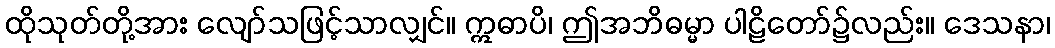
ထိုသုတ်တို့အား လျော်သဖြင့်သာလျှင်။ ဣဓာပိ၊ ဤအဘိဓမ္မာ ပါဠိတော်၌လည်း။ ဒေသနာ၊